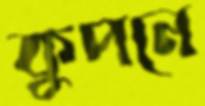
কুপনে